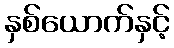
နှစ်ယောက်နှင့်